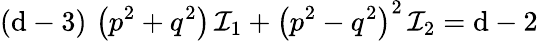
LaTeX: (\mathrm{d}-3)\, \left(p^{2}+q^{2}\right)\, {\cal I}_{1}+\left(p^{2}-q^{2}\right)^{2}\, {\cal I}_{2}=\mathrm{d}-2